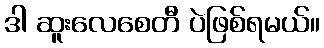
ဒါ ဆူးလေစေတီ ပဲဖြစ်ရမယ်။